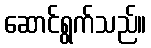
ဆောင်ရွက်သည်။